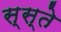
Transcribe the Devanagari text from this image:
स्स्ते